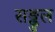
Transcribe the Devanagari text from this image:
सङ्कुल